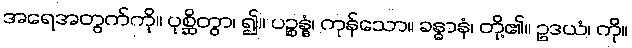
အရေအတွက်ကို။ ပုစ္ဆိတွာ၊ ၍။ ပဉ္စန္နံ၊ ကုန်သော။ ခန္ဓာနံ၊ တို့၏။ ဥဒယံ၊ ကို။